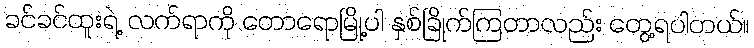
ခင်ခင်ထူးရဲ့ လက်ရာကို တောရောမြို့ပါ နှစ်ခြိုက်ကြတာလည်း တွေ့ရပါတယ်။